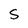
Character: S